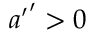
{ { a } ^ { \prime } } ^ { \prime } > 0